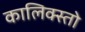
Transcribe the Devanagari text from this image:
कालिक्स्तो